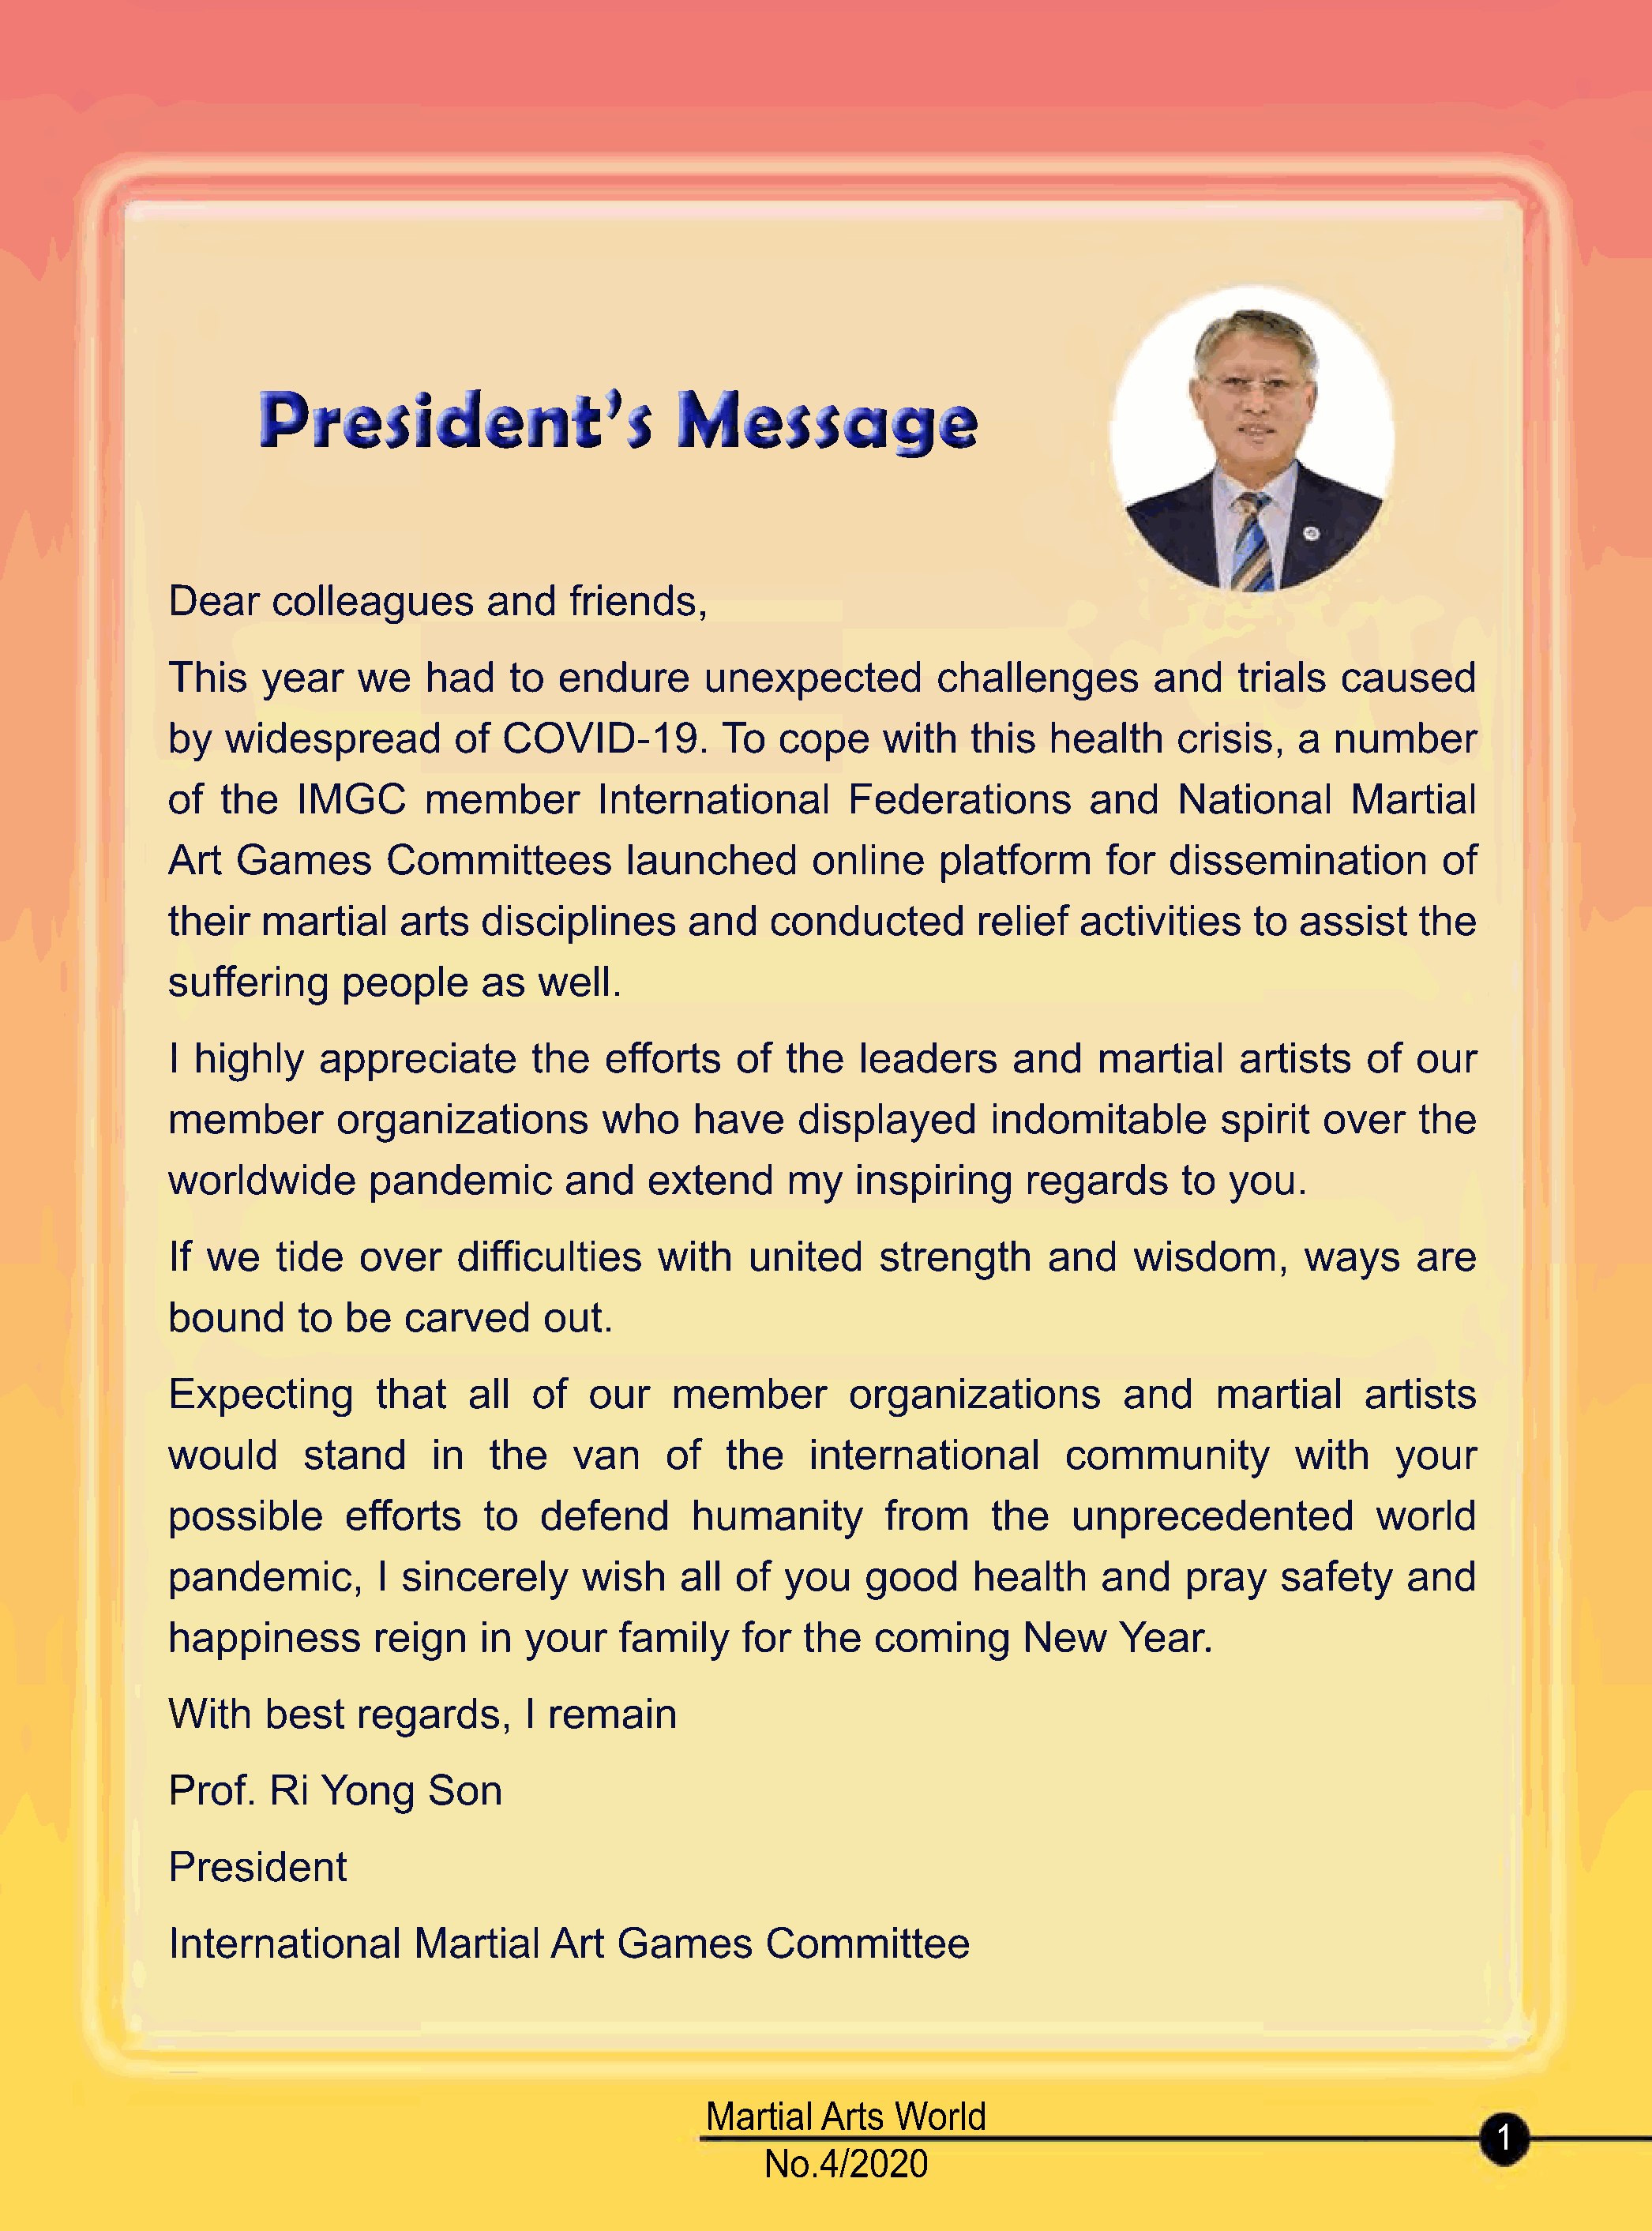
President’s                        Message
 Dear     colleagues        and    friends,
 TThhiiss year   we    had    to  endure      unexpected          challenges        and    trials  caused
 by   widespread         of  COVID-19.         To   cope     with   this   health     crisis,   a  number
 of  the    IMGC       member        International        Federations         and     National      Martial
 Art   Games       Committees          launched        online     platform      for  dissemination          of
 their   martial    arts   disciplines       and    conducted        relief  activities     to  assist    the
 suffering      people     as   well.
 II highly    appreciate        the   efforts    of  the   leaders      and    martial     artists    of  our
 member        organizations         who     have     displayed       indomitable        spirit   over    the
 worldwide        pandemic        and    extend      my    inspiring     regards      to  you.
 If we    tide   over    difficulties     with    united     strength      and    wisdom,       ways      are
 bound      to  be   carved      out.
 EExxppeeccttiinngg that  all   of  our    member         organizations          and     martial     artists
 would      stand      in   the    van     of   the    international        community           with    your
 possible       efforts     to  defend       humanity        from     the    unprecedented            world
 pandemic,         I sincerely      wish    all  of  you    good     health    and    pray    safety     and
 happiness        reign    in  your    family    for  the   coming       New     Year.
 With    best    regards,      I remain
 Prof.    Ri  Yong     Son
 PPrreessiiddeenntt
 International        Martial    Art   Games       Committee
 Martial   Arts  World
 1
 No.4/2020